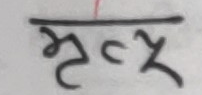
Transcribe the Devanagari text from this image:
मृत्युक्ष